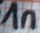
Text: 1n